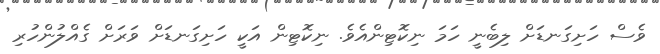
ވެސް ހަށިގަނޑަށް ލިބެނީ ހަމަ ނިކޮޓިންއެވެ. ނިކޮޓިން އަކީ ހަށިގަނޑަށް ވަރަށް ގެއްލުންހުރި